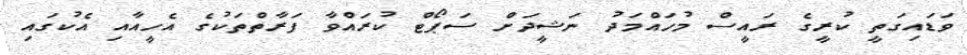
ވަޑައިގަތީ ކުރީގެ ރައީސް މުހައްމަދު ނަޝީދަށް ސަޕޯޓް ކުރައްވާ ފަރާތްތަކުގެ އެހީއާއި އެކުގައި